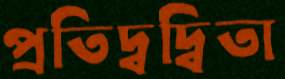
প্রতিদ্বদ্বিতা